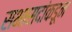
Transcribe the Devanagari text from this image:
सभासदांकडून